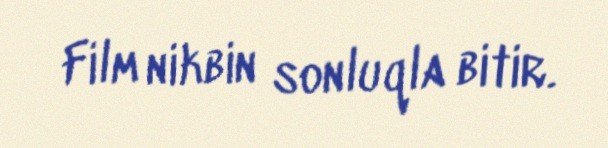
Film nikbin sonluqla bitir.